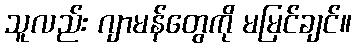
သူလည်း ဂျာမန်တွေကို မမြင်ချင်။